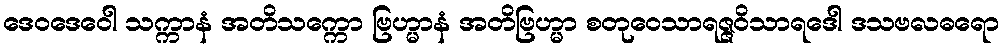
ဒေဝဒေဝေါ သက္ကာနံ အတိသက္ကော ဗြဟ္မာနံ အတိဗြဟ္မာ စတုဝေသာရဇ္ဇဝိသာရဒေါ ဒသဗလဓရော